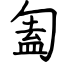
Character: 㔩